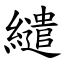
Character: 繾